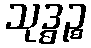
သုဒ္ဓဉ္စ